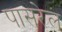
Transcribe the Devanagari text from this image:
पासरेल